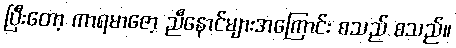
ပြီးတော့ ကာရမာဇော့ ညီနောင်များအကြောင်း စသည် စသည်။